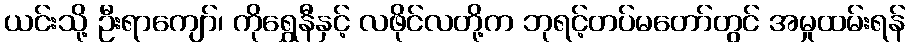
ယင်းသို့ ဦးရာကျော်၊ ကိုရွှေနီနှင့် လဖိုင်လတို့က ဘုရင့်တပ်မတော်တွင် အမှုထမ်းရန်